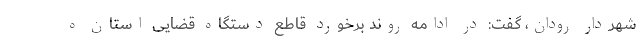
شهردار رودان، گفت: در ادامه روند برخورد قاطع دستگاه قضایی استان ه